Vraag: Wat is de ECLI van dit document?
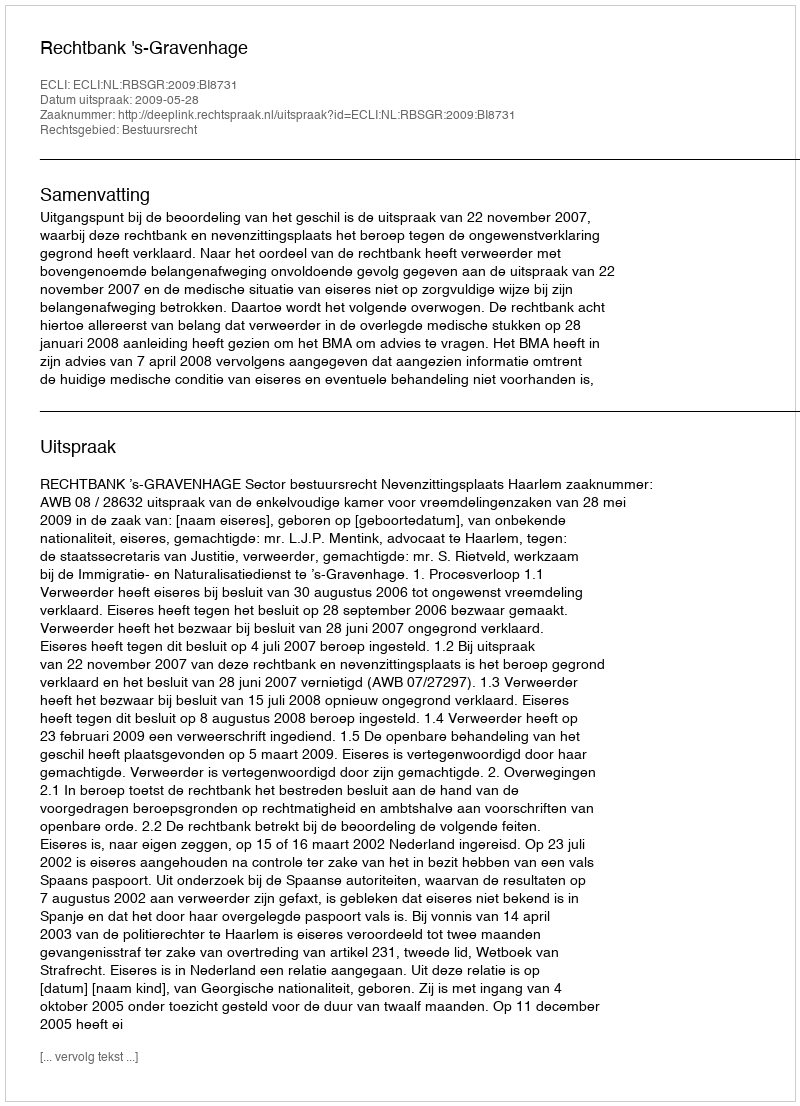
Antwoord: ECLI:NL:RBSGR:2009:BI8731